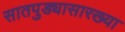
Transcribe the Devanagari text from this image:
सातपुड्यासारख्या